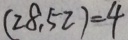
( 2 8 , 5 2 ) = 4